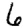
Digit: 6